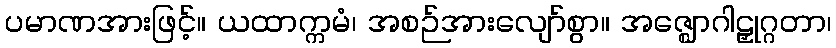
ပမာဏအားဖြင့်။ ယထာက္ကမံ၊ အစဉ်အားလျော်စွာ။ အဇ္ဈောဂါဠှုဂ္ဂတာ၊